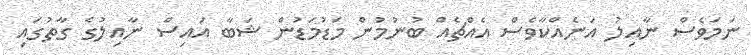
ނަމަވެސް ނާއިލު އަނެއްކާވެސް އެއްޗެއް ބުނުމުން މަޑުމަޑުން ޝަބާ އައިސް ނާއިލުގެ ގާތުގައި